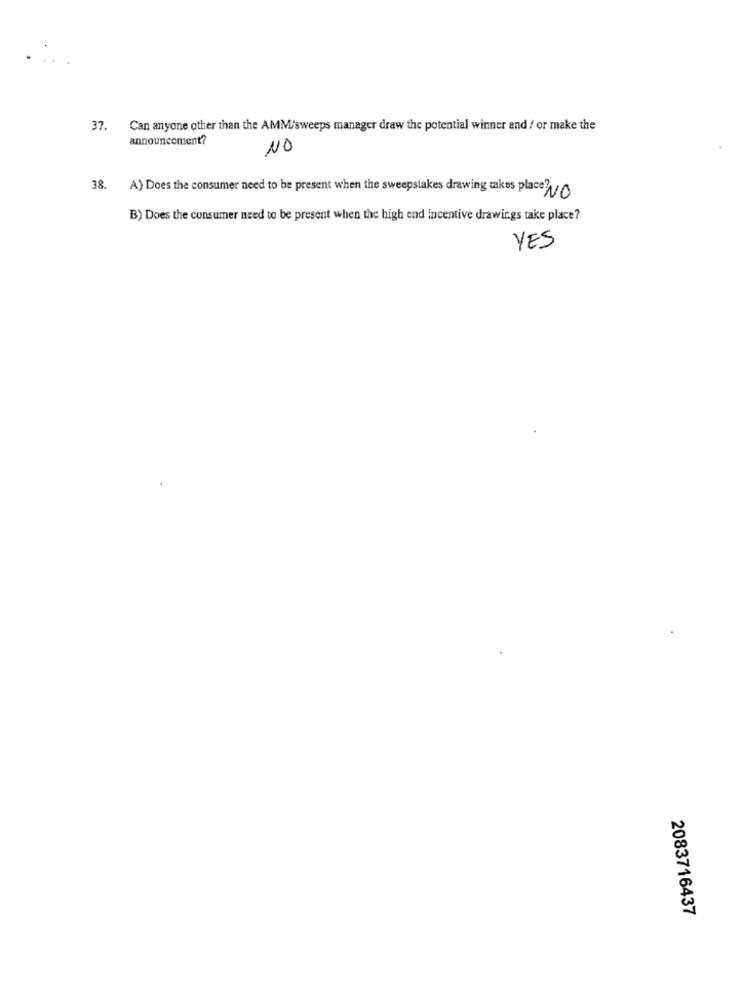
37.
Can anyone other than the AMM/sweeps manager draw the potential winner and / or make the
announcement?
NO
38. A) Does the consumer need to be present when the sweepstakes drawing takes place? NO
B) Does the consumer need to be present when the high end incentive drawings take place?
YES
2083716437